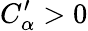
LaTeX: C_{\alpha}^{\prime}>0